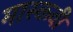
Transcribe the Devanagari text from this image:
मास्कवी